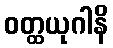
ဝတ္ထယုဂါနိ